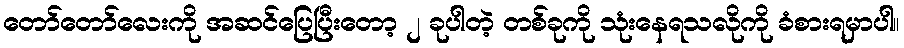
တော်တော်လေးကို အဆင်ပြေပြီးတော့ ၂ ခုပါတဲ့ တစ်ခုကို သုံးနေရသလိုကို ခံစားရမှာပါ။